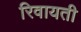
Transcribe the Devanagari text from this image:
रिवायती